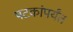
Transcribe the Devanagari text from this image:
षटकांपर्यंत